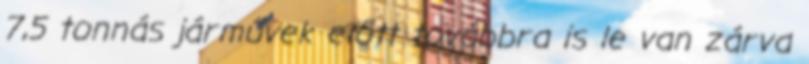
7,5 tonnás járművek előtt továbbra is le van zárva